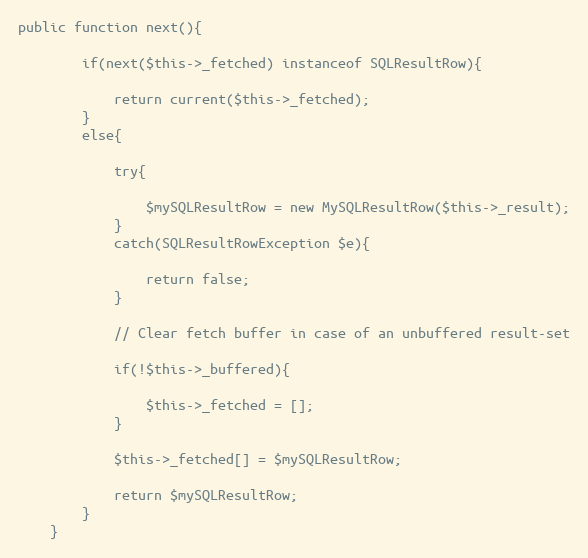
Language: PHP
public function next(){

		if(next($this->_fetched) instanceof SQLResultRow){

			return current($this->_fetched);
		}
		else{

			try{

				$mySQLResultRow = new MySQLResultRow($this->_result);
			}
			catch(SQLResultRowException $e){

				return false;
			}

			// Clear fetch buffer in case of an unbuffered result-set

			if(!$this->_buffered){

				$this->_fetched = [];
			}

			$this->_fetched[] = $mySQLResultRow;

			return $mySQLResultRow;
		}
	}